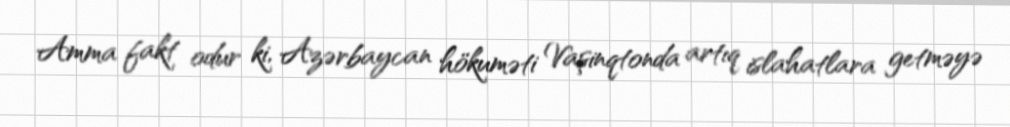
Amma fakt odur ki, Azərbaycan hökuməti Vaşinqtonda artıq islahatlara getməyə